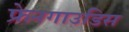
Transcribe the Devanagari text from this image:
फ्रेनगाउडिस